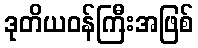
ဒုတိယဝန်ကြီးအဖြစ်